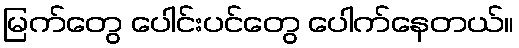
မြက်တွေ ပေါင်းပင်တွေ ပေါက်နေတယ်။